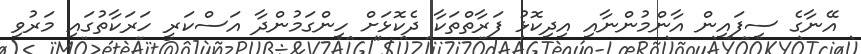
އޭނާގެ ސިފައިން އާންމުންނާއި އިދިކޮޅު ފަރާތްތަކާ ދެކޮޅަށް ހިންގަމުންދާ އަސްކަރީ ހަރަކާތުގައި މަރުވި